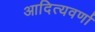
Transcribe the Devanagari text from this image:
आदित्यवर्णा